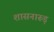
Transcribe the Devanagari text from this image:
शासनारूड़